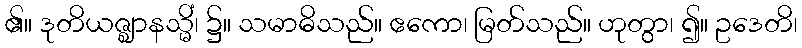
၏။ ဒုတိယဇ္ဈာနသ္မိံ၊ ၌။ သမာဓိသည်။ ဧကော၊ မြတ်သည်။ ဟုတွာ၊ ၍။ ဥဒေတိ၊